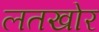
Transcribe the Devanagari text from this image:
लतखोर